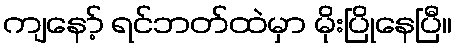
ကျနော့် ရင်ဘတ်ထဲမှာ မိုးပြိုနေပြီ။